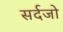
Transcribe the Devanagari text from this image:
सर्दजो